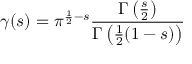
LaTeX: \gamma ( s ) = \pi ^ { { \frac { 1 } { 2 } } - s } { \frac { \Gamma \left( { \frac { s } { 2 } } \right) } { \Gamma \left( { \frac { 1 } { 2 } } ( 1 - s ) \right) } }